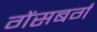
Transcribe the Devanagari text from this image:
गेंसबर्ग